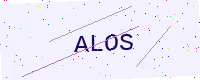
Text: ALOS